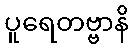
ပူရေတဗ္ဗာနိ